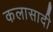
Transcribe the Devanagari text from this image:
कलासादी